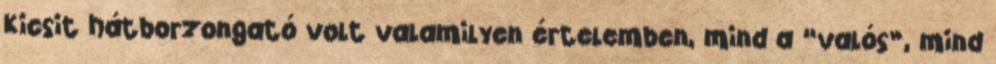
Kicsit hátborzongató volt valamilyen értelemben, mind a “valós”, mind